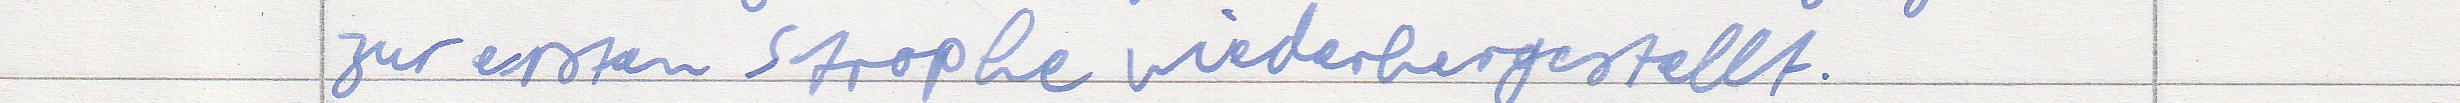
zur ersten Strophe wiederhergestellt.